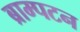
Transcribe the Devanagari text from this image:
ब्राम्पटन